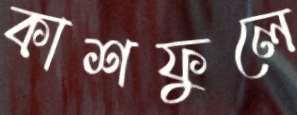
কাশফুলে